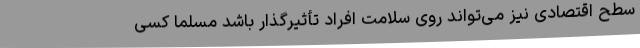
سطح اقتصادی نیز می‌تواند روی سلامت افراد تأثیرگذار باشد مسلماً کسی